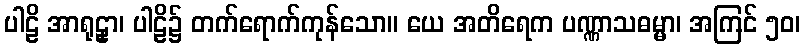
ပါဠိ အာရုဠှာ၊ ပါဠိ၌ တက်ရောက်ကုန်သော။ ယေ အတိရေက ပဏ္ဏာသဓမ္မာ၊ အကြင် ၅၀၊